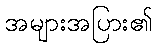
အများအပြား၏